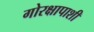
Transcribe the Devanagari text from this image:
गोरक्षापाशी